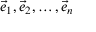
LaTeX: { \vec { e } } _ { 1 } , { \vec { e } } _ { 2 } , \ldots , { \vec { e } } _ { n }